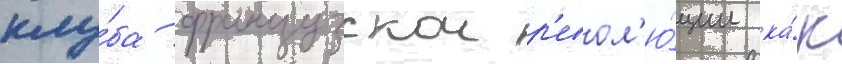
клу́ба французскои р'евол'ю́ции ка́к